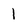
Character: 1